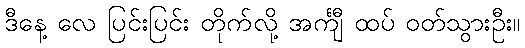
ဒီနေ့ လေ ပြင်းပြင်း တိုက်လို့ အင်္ကျီ ထပ် ဝတ်သွားဦး။